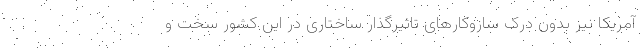
آمریکا نیز بدون درک سازوکارهای تاثیرگذار ساختاری در این کشور سخت و